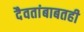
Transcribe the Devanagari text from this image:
दैवतांबाबतही